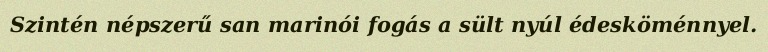
Szintén népszerű san marinói fogás a sült nyúl édesköménnyel.